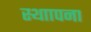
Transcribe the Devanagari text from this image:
स्थाापना